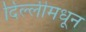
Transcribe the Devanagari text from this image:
दिल्लीमधून